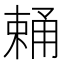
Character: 𣗧